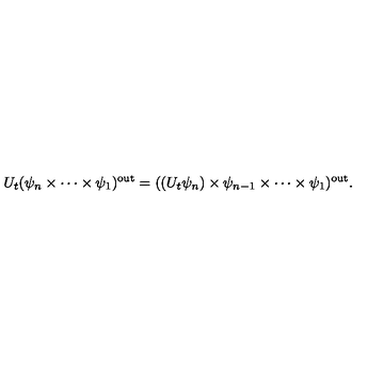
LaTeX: U _ { t } ( \psi _ { n } \times \cdots \times \psi _ { 1 } ) ^ { \mathrm { o u t } } = ( ( U _ { t } \psi _ { n } ) \times \psi _ { n - 1 } \times \cdots \times \psi _ { 1 } ) ^ { \mathrm { o u t } } .